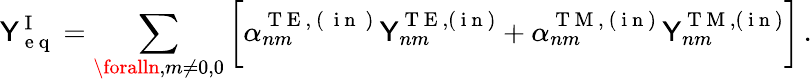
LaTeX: \mathsf{Y}_{\mathrm{{~e~q~}}}^{\mathrm{{~I~}}}=\displaystyle\sum_{\foralln,m\ne0,0}\bigg[\alpha_{nm}^{\mathrm{{~T~E~,~(~\mathrm{{~i~n~}}~)~}}}\mathsf{Y}_{nm}^{\mathrm{{~T~E~}},(\mathrm{{~i~n~}})}+\alpha_{nm}^{\mathrm{{~T~M~,~(~i~n~)~}}}\mathsf{Y}_{nm}^{\mathrm{{~T~M~}},(\mathrm{{~i~n~}})}\bigg]\, .